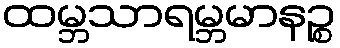
ထမ္ဘသာရမ္ဘမာနဉ္စ